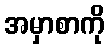
အမှာစာကို